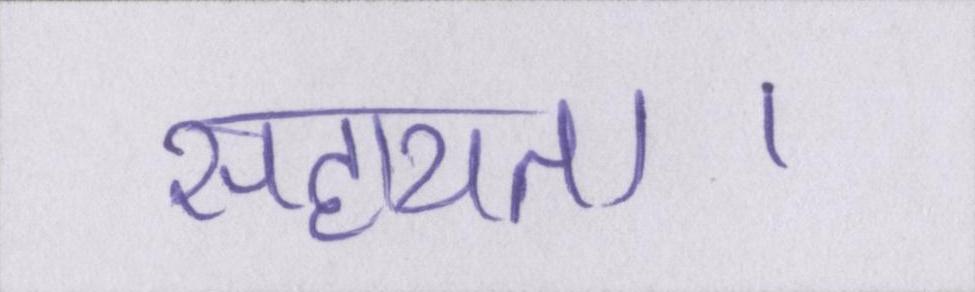
सहायता।